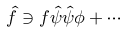
\hat { f } \ni f \hat { \psi } \hat { \psi } \phi + \cdots